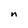
Character: n